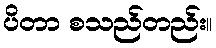
ပိတာ စသည်တည်း။